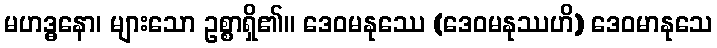
မဟဒ္ဓနော၊ များသော ဥစ္စာရှိ၏။ ဒေဝမနုဿေ (ဒေဝမနုဿဟိ) ဒေဝမာနုသေ